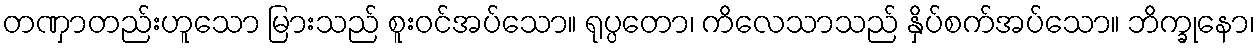
တဏှာတည်းဟူသော မြားသည် စူးဝင်အပ်သော။ ရုပ္ပတော၊ ကိလေသာသည် နှိပ်စက်အပ်သော။ ဘိက္ခုနော၊